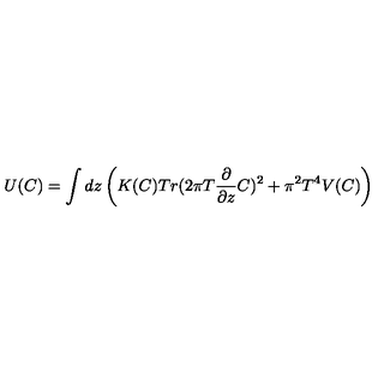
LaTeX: U ( C ) = \int d z \left( K ( C ) T r ( 2 \pi T { \frac { \partial } { \partial z } } C ) ^ { 2 } + \pi ^ { 2 } T ^ { 4 } V ( C ) \right)